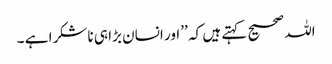
اللہ صحیح کہتے ہیں کہ ’’ اور انسان بڑا ہی ناشکرا ہے ۔